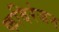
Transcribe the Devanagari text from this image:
कविरंजन